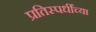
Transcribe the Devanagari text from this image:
प्रतिस्पर्धींच्या